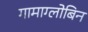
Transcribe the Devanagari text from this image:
गामाग्लोबिन